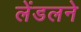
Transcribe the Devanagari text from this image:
लेंडलने